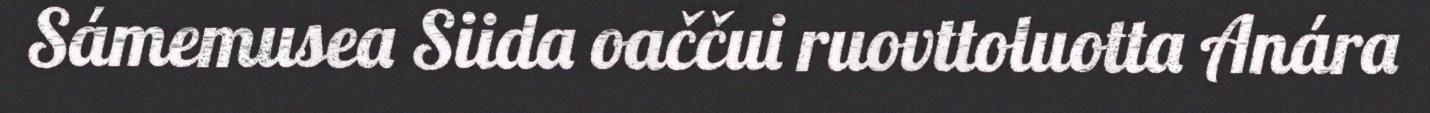
Sámemusea Siida oaččui ruovttoluotta Anára